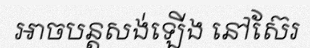
អាចបន្តសង់ឡើង នៅស៊ែរ